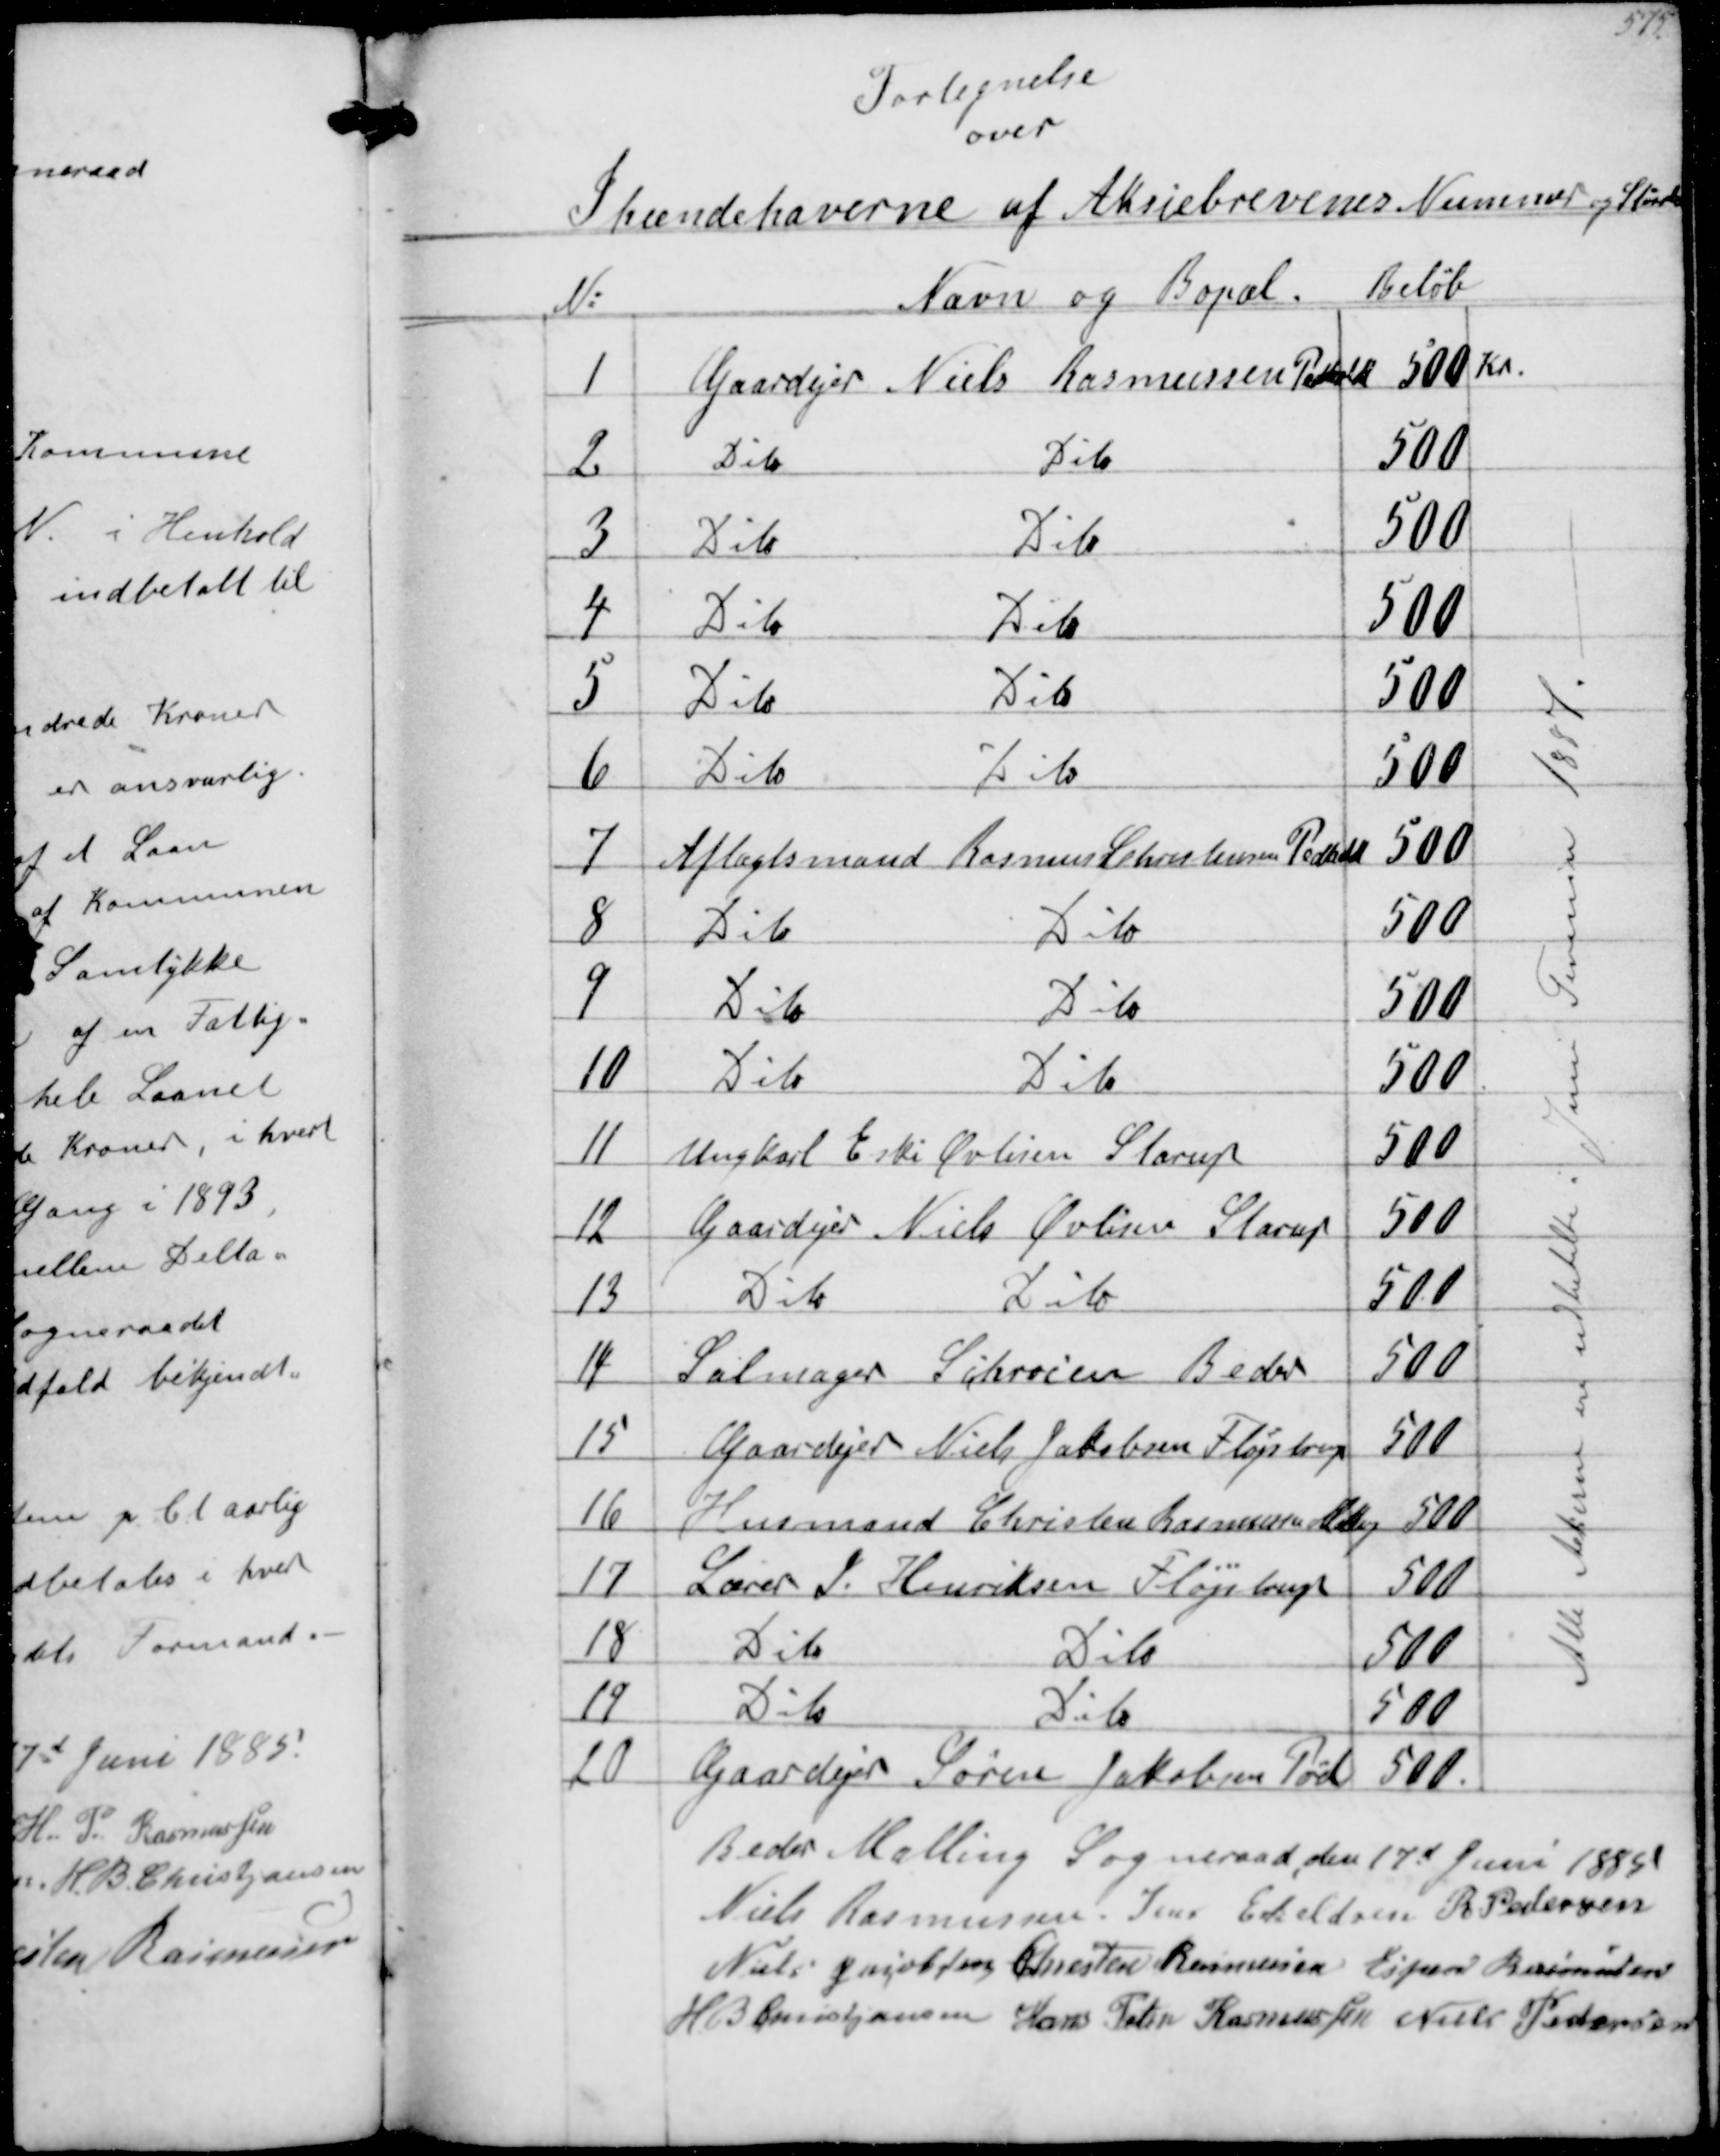
Transskription:
Fortegnelse
over

Ihændehaverne af Aktiebrevenes Nummer og Størrelse

Alle Aktierne ere udbetalte i Juni Termin 1887

Beder Malling Sogneraad den 17d Juni 1885
Niels Rasmussen
Jens Eskeldsen
R Pedersen
Niels Jacobsen
Chresten Rasmussen
Espen Rasmussen
H B Christjansen
Hans Peter Rasmussen
Niels Pedersen